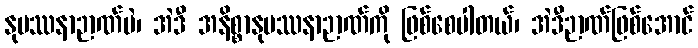
နုပဿနာဉာဏ်ပဲ၊ အဲဒီ အနိစ္စာနုပဿနာဉာဏ်ကို ဖြစ်စေပါတယ်၊ အဲဒီဉာဏ်ဖြစ်အောင်